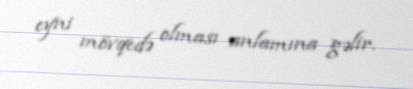
eyni mövqedə olması anlamına gəlir.